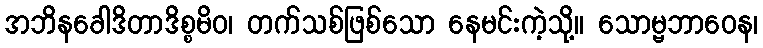
အဘိနခေါဒိတာဒိစ္စမိဝ၊ တက်သစ်ဖြစ်သော နေမင်းကဲ့သို့။ သောမ္ဗဘာဝေန၊